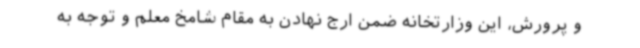
و پرورش، این وزارتخانه ضمن ارج نهادن به مقام شامخ معلم و توجه به